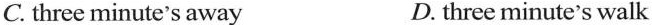
C. three minute's away D. three minute's walk